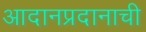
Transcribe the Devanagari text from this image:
आदानप्रदानाची